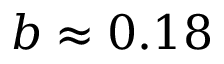
b \approx 0 . 1 8